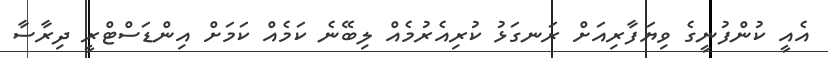
އެއީ ކުންފުނީގެ ވިޔަފާރިއަށް ރަނގަޅު ކުރިއެރުމެއް ލިބޭނެ ކަމެއް ކަމަށް އިންޑަސްޓްރީ ދިރާސާ